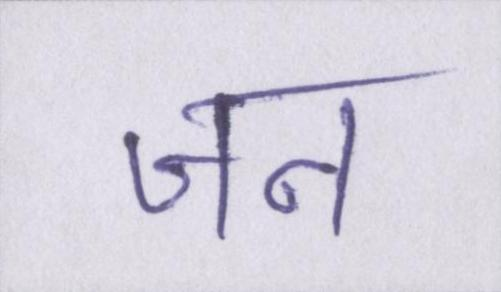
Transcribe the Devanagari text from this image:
जन